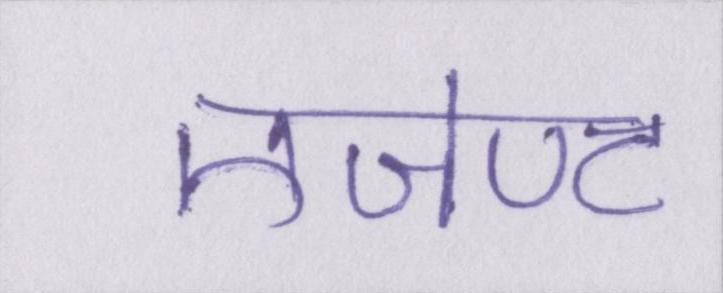
एजेण्ट